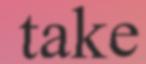
take